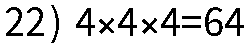
22) 4×4×4=64